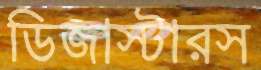
ডিজাস্টারস